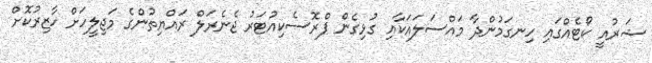
ޝަރުއީ ކޯޓެއްގައި ހިނގަމުންދާ މައްސަލައަކާއި ގުޅިގެން ޕްރޮސެކިއުޓަރު ޖެނެރަލް ރައްޔިތުންގެ މަޖިލީހަށް ހާޒިރުކޮށް